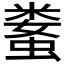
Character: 𱿻